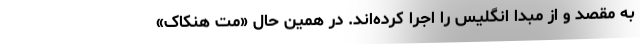
به مقصد و از مبدا انگلیس را اجرا کرده‌اند. در همین حال «مت هنکاک»